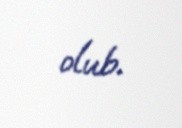
olub.